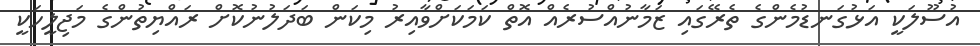
އުސޫލަކީ އަޅުގަނޑުމެންގެ ތެރޭގައި ޒަމާނުއްސުރެއް އޮތް ކަމަކަށްވާއިރު މިކަން ބަދަލުނުކޮށް ރައްޔިތުންގެ މަޖިލީހަކީ